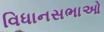
વિધાનસભાઓ